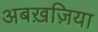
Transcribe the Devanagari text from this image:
अबख़ज़िया